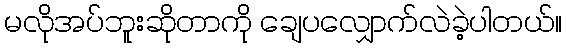
မလိုအပ်ဘူးဆိုတာကို ချေပလျှောက်လဲခဲ့ပါတယ်။